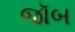
જૉબ